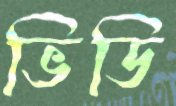
ভিডি